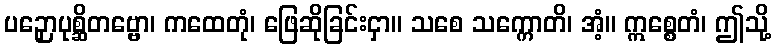
ပဉှောပုစ္ဆိတဗ္ဗော၊ ကထေတုံ၊ ဖြေဆိုခြင်းငှာ။ သစေ သက္ကောတိ၊ အံ့။ ဣစ္စေတံ၊ ဤသို့